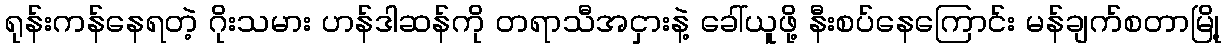
ရုန်းကန်နေရတဲ့ ဂိုးသမား ဟန်ဒါဆန်ကို တရာသီအငှားနဲ့ ခေါ်ယူဖို့ နီးစပ်နေကြောင်း မန်ချက်စတာမြို့